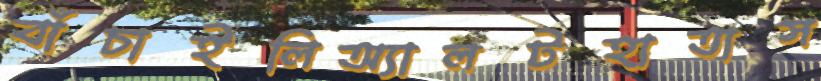
বাঁচাইলিঅ্যালটহাতাস